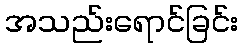
အသည်းရောင်ခြင်း